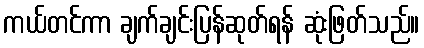
ကယ်တင်ကာ ချက်ချင်းပြန်ဆုတ်ရန် ဆုံးဖြတ်သည်။